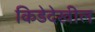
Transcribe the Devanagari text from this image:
किडेदेखील